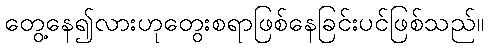
တွေ့နေ၍လားဟုတွေးစရာဖြစ်နေခြင်းပင်ဖြစ်သည်။